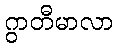
ဂွာတီမာလာ